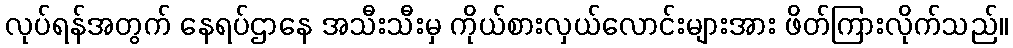
လုပ်ရန်အတွက် နေရပ်ဌာနေ အသီးသီးမှ ကိုယ်စားလှယ်လောင်းများအား ဖိတ်ကြားလိုက်သည်။